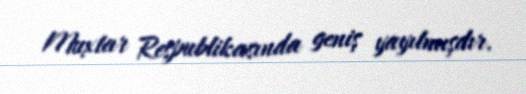
Muxtar Respublikasında geniş yayılmışdır.